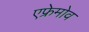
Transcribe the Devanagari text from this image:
एफ्रेमोव